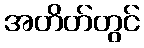
အတိတ်တွင်